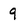
Character: 9